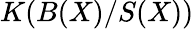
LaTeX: K(B(X)/S(X))